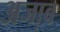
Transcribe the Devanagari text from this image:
अजा़ब